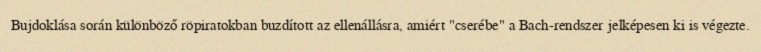
Bujdoklása során különböző röpiratokban buzdított az ellenállásra, amiért "cserébe" a Bach-rendszer jelképesen ki is végezte.